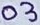
Text: 03